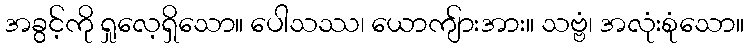
အခွင့်ကို ရှုလေ့ရှိသော။ ပေါသဿ၊ ယောကျ်ားအား။ သဗ္ဗံ၊ အလုံးစုံသော။